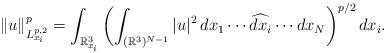
LaTeX: \begin{align*}\|u\|^p_{L^{p,2}_{x_i}}=\int_{\mathbb{R}^3_{x_i}}\left(\int_{(\mathbb{R}^3)^{N-1}}|u|^2\,dx_1\cdots\widehat{dx_i}\cdots dx_N\right)^{p/2}dx_i.\end{align*}